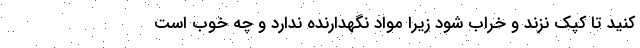
کنید تا کپک نزند و خراب شود زیرا مواد نگهدارنده ندارد و چه خوب است